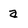
Character: a